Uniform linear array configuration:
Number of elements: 32
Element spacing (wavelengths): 0.25
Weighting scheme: binomial
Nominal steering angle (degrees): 60
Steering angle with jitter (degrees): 60.374
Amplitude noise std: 0.05
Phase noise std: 0.05

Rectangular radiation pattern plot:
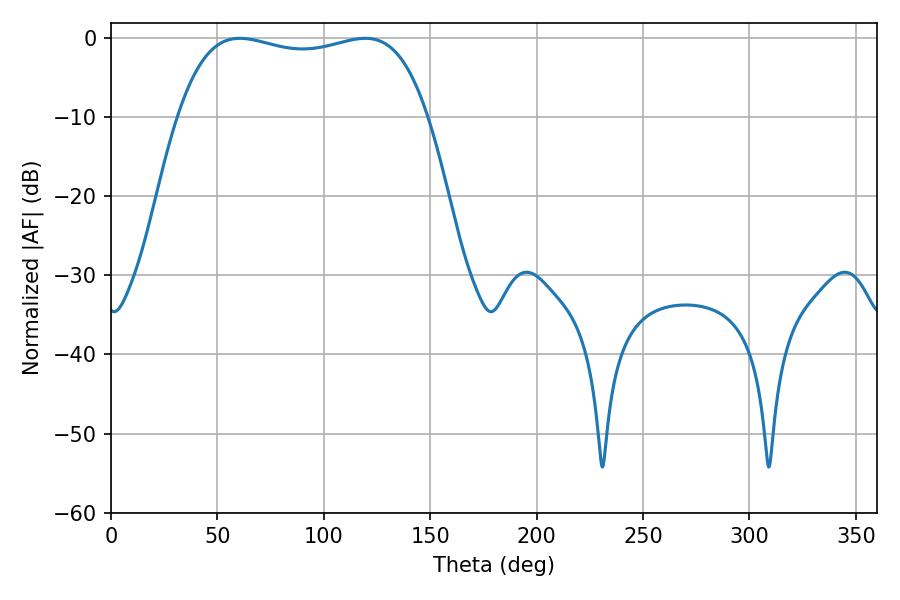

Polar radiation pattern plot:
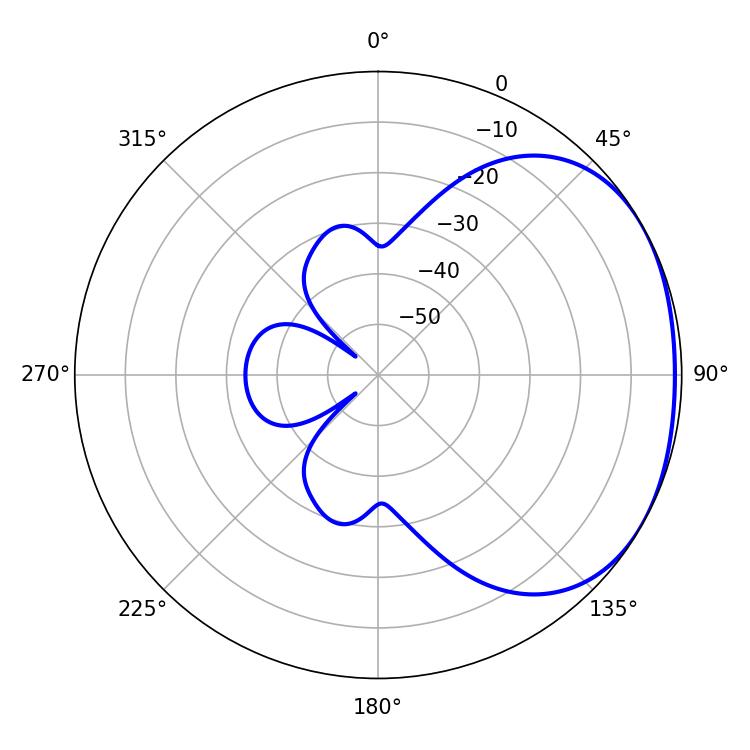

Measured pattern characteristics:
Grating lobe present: FALSE
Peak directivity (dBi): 1.805
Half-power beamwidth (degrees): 94.68
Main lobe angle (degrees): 60.48